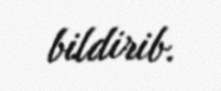
bildirib.